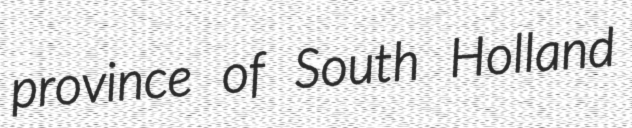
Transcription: province of South Holland